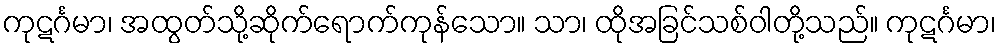
ကုဋင်္ဂမာ၊ အထွတ်သို့ဆိုက်ရောက်ကုန်သော။ သာ၊ ထိုအခြင်သစ်ဝါတို့သည်။ ကုဋင်္ဂမာ၊